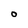
Character: O